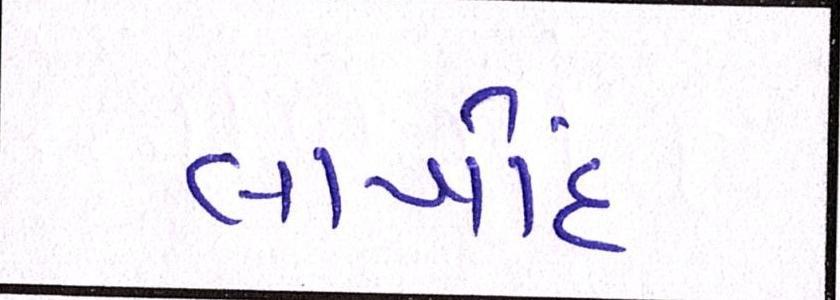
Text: લાખોંદ